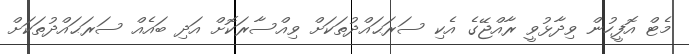
މެޓް އޮފީހުން ވިދާޅުވީ ރާއްޖޭގެ އެކި ސަރަޙައްދުތަކަށް ވިއްސާރަކޮށް އަދި ބައެއް ސަރަޙައްދުތަކަށް